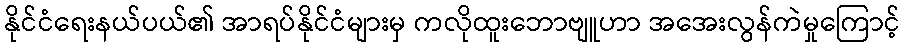
နိုင်ငံရေးနယ်ပယ်၏ အာရပ်နိုင်ငံများမှ ကလိုထူးဘောဗျူဟာ အအေးလွန်ကဲမှုကြောင့်